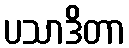
ပသာဒိတာ